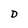
Character: D